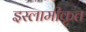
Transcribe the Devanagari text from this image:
इस्लामीकृत